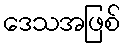
ဒေသအဖြစ်